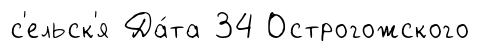
с'ельск'я Да́та 34 Острогожского